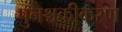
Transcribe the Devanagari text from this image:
पुनश्चक्रीकरण